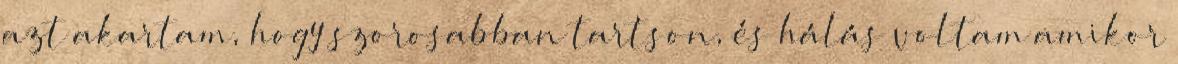
azt akartam, hogy szorosabban tartson, és hálás voltam amikor